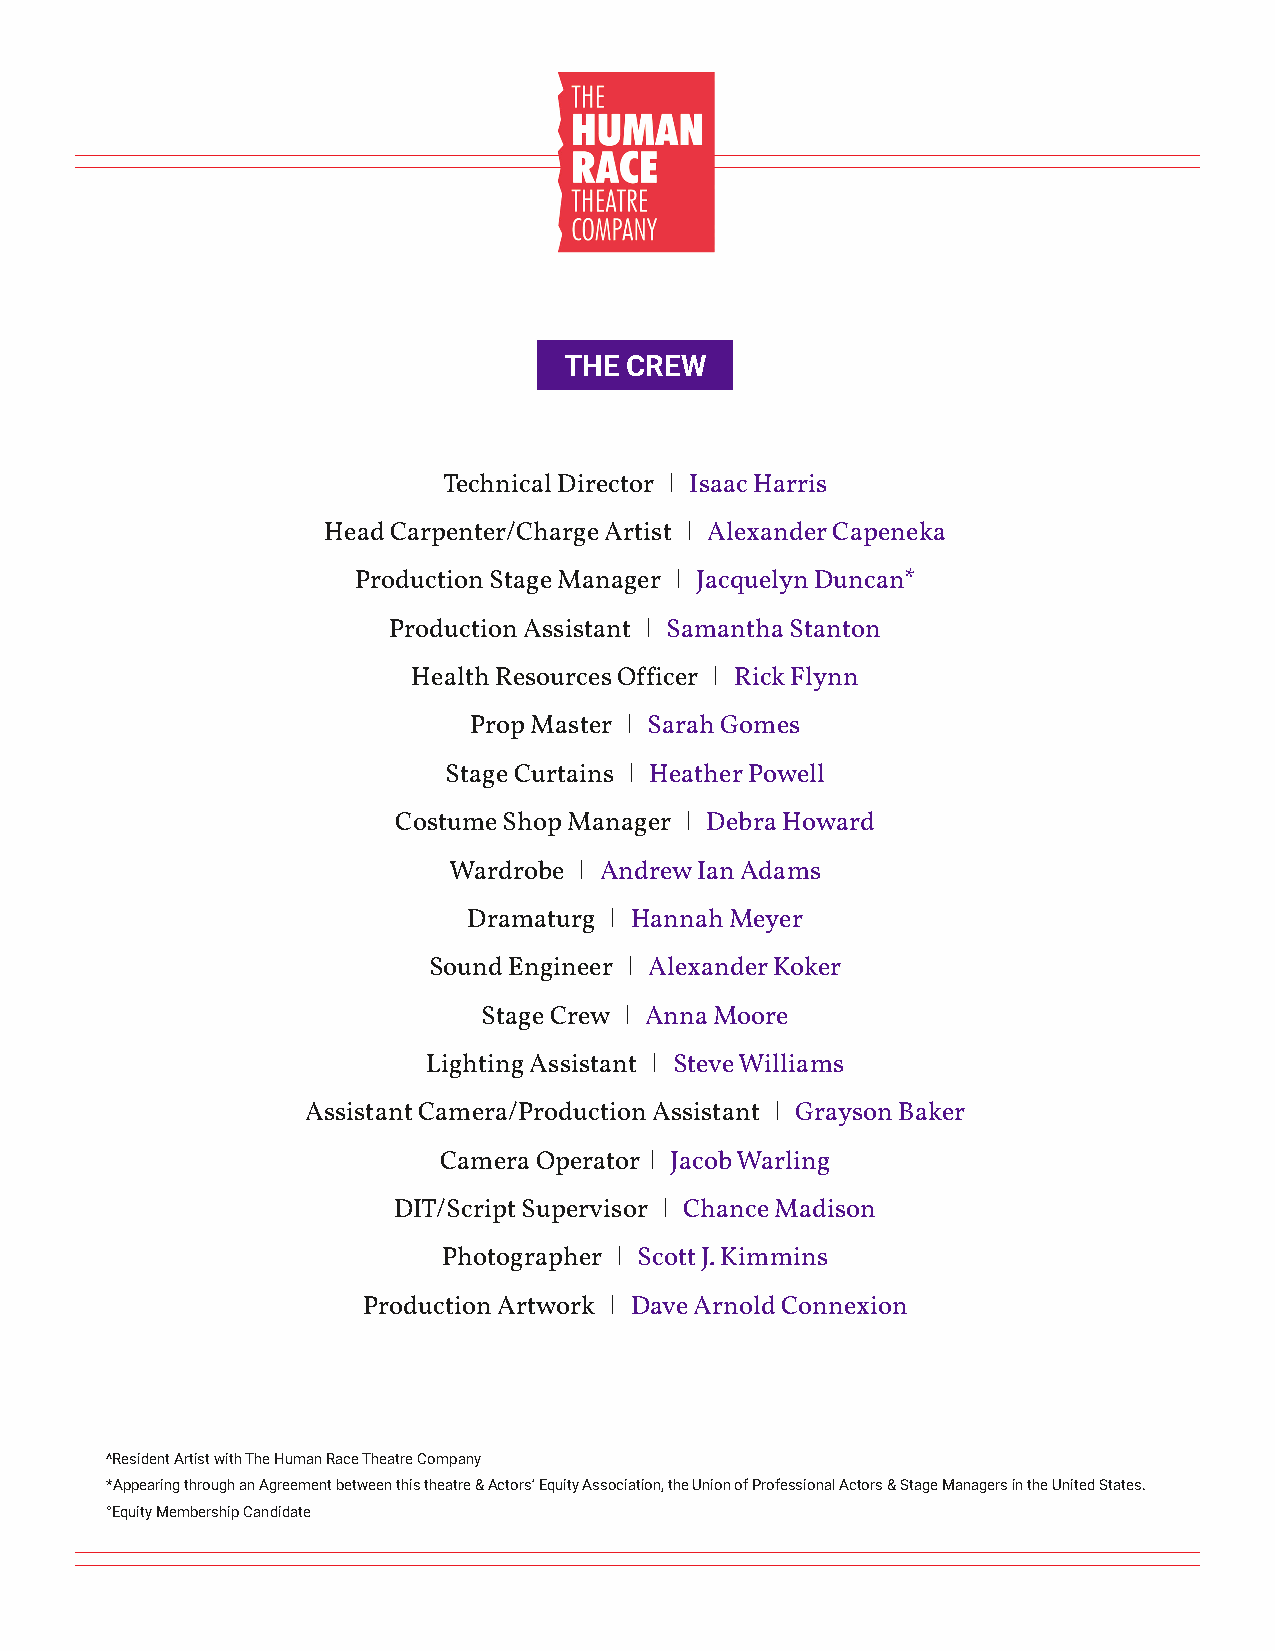
THE CREW
 Technical Director I Isaac Harris
 Head Carpenter/Charge Artist I Alexander Capeneka
 Production Stage Manager I Jacquelyn Duncan*
 Production Assistant I Samantha Stanton
 Health Resources Officer I Rick Flynn
 Prop Master I Sarah Gomes
 Stage Curtains I Heather Powell
 Costume Shop Manager I Debra Howard
 Wardrobe I Andrew Ian Adams
 Dramaturg I Hannah Meyer
 Sound Engineer I Alexander Koker
 Stage Crew I Anna Moore
 Lighting Assistant I Steve Williams
 Assistant Camera/Production Assistant I Grayson Baker
 Camera Operator I Jacob Warling
 DIT/Script Supervisor I Chance Madison
 Photographer I Scott J. Kimmins
 Production Artwork I Dave Arnold Connexion
 ^Resident Artist with The Human Race Theatre Company
 *Appearing through an Agreement between this theatre & Actors’ Equity Association, the Union of Professional Actors & Stage Managers in the United States.
 °Equity Membership Candidate